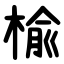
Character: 楡